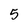
Character: 5